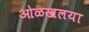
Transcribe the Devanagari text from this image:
ओळखलया